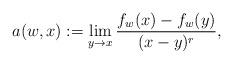
LaTeX: \begin{align*}a(w,x):=\lim_{y\to x} \frac{f_w(x)-f_w(y)}{(x-y)^r}, \end{align*}